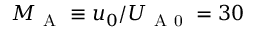
M _ { \mathrm { ~ A ~ } } \equiv u _ { 0 } / U _ { \mathrm { ~ A ~ 0 ~ } } = 3 0